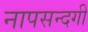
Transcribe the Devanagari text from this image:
नापसन्दगी